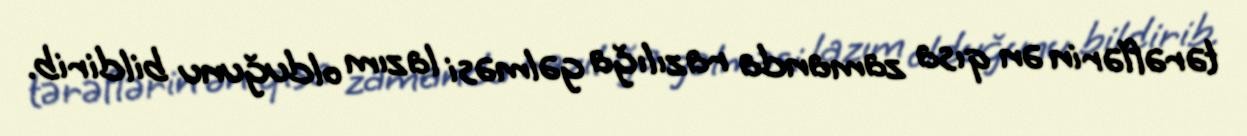
tərəflərin ən qısa zamanda razılığa gəlməsi lazım olduğunu bildirib.